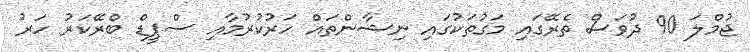
ޖުމްލަ 90 ދުވަސް ތެރޭގައި މަގުތަކުގައި ނިޝާންތައް ހަރުކުރުމާއި ސްޕީޑް ބްރޭކަރު ހަރު